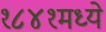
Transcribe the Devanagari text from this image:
१८४१मध्ये